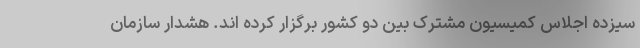
سیزده اجلاس کمیسیون مشترک بین دو کشور برگزار کرده اند. هشدار سازمان